King Institute of Preventive Medicine Bacteriolog. Section reports 1907-08
Year: 1907
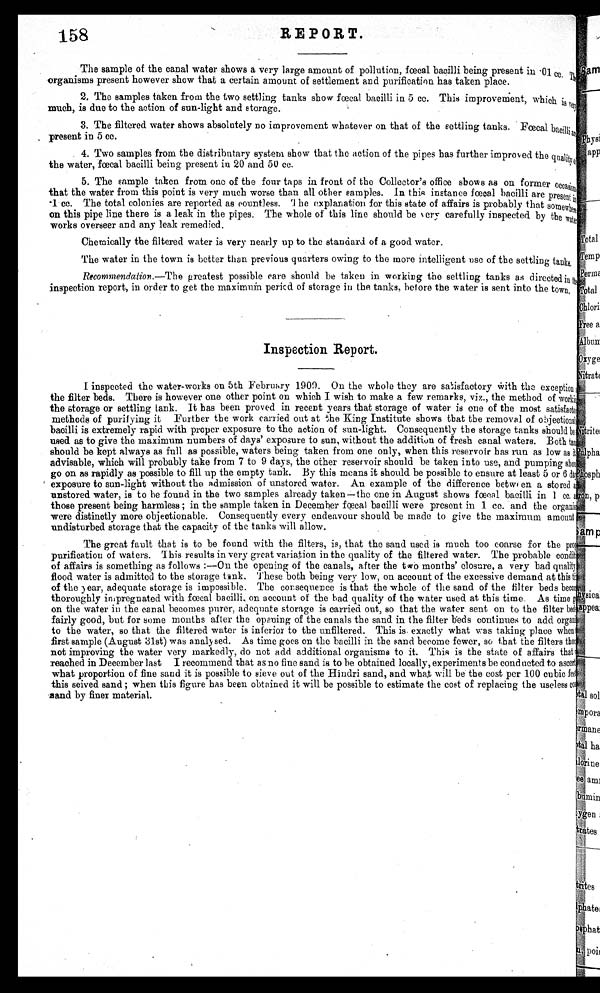
158
REPORT.
The sample of the canal water shows a very large amount of pollution, fœcal bacilli being present in • 01 cc. The,
organisms present however show that a certain amount of settlement and purification has taken place.
2. The samples taken from the two settling tanks show fœcal bacilli in 5 cc. This improvement, which '
much, is due to the action of sun-light and storage.
3. The filtered water shows absolutely no improvement whatever on that of the settling tanks. Fœcal bacilli a
present in 5 cc.
4. Two samples from the distributary system show that the action of the pipes has further improved the quality
the water, final bacilli being present in 20 and 50 cc.
5. The sample taken from one of the four taps in front of the Collector's office shows as on former occasion,
that the water from this point is very much worse than all other samples. In this instance fœcal bacilli are present
in cc. The total colonies are reported as countless. The explanation for this state of affairs is probably that somewhere
on this pipe line there is a leak in the pipes . The whole of this line should be very carefully inspected by the water
works overseer and any leak remedied.
Chemically the filtered water is very nearly up to the standard of a good water.
The water in the town is better than previous quarters owing to the more intelligent use of the settling tanks
Recommendation.—The
greatest possible care should be taken in working the settling tanks as directed in the
inspection report, in order to get the maximum period of storage in the tanks, before the water is sent into the town.
Inspection Report.
I inspected the water-works on 5th February 1909. On the whole they are satisfactory with the exception
the filter beds. There is however one other point on which I wish to make a few remarks, viz., the method of workit
the storage or settling tank. It has been proved in recent years that storage of water is one of the most satisfact
methods of purifying it Furtber the work carried out at the King Institute shows that the removal of objectional
bacilli is extremely rapid with proper exposure to the action of sun-light. Consequently the storage tanks should be
used as to give the maximum numbers of days' exposure to sun, without the addition of fresh canal waters. Both tan
should be kept always as full as possible, waters being taken from one only, when this reservoir has run as low as it
advisable, which will probably take from 7 to 9 days, the other reservoir should be taken into use, and pumping shou
go on as rapidly as possible to fill up the empty tank. By this means it should be possible to ensure at least 5 or 6 date
exposure to sun-light without the admission of unstored water. An example of the difference betw en a stored a
unstored water, is to be found in the two samples already taken—the one in August shows fœcal bacilli in 1 cc. a
those present being harmless ; in the sample taken in December fœcal bacilli were present in 1 cc. and the organis,
were distinctly more objectionable. Consequently every endeavour should be made to give the maximum amount
undisturbed storage that the capacity of the tanks will allow.
The great fault that is to be found with the filters, is, that the sand used is much too coarse for the prof
purification of waters. This results in very great variation in the quality of the filtered water. The probable conditi
of affairs is something as follows :--On the opening pening of the canals, after the two months' closure, a very bad quality
flood water is admitted to the storage tank. These both being very low, on account of the excessive demand at this
of the year, adequate storage is impossible. The consequence is that the whole of the sand of the filter beds become
thoroughly impregnated with fœcal bacilli, on account of the had quality of the water used at this time. As time g
on the water in the canal becomes purer, adequate storage is carried out, so that the water sent on to the filter bed:
fairly good, but for some months after the opening of the canals the sand in the filter beds continues to add organis
to the water, so that the filtered water is inferior to the unfiltered. This is. exactly what was taking place when
first sample (August 31st) was analysed. As time goes on the bacilli in the sand become fewer, so that the filters thou
not improving the water very markedly, do not add additional organisms to it. This is the state of affairs that
reached in December last I recommend that as no fine sand is to be obtained locally, experiments be conducted to ascert
what proportion of fine sand it is possible to sieve out of the Hindri sand, and what will be the cost per 100 cubic feet
this seived sand ; when this figure has been obtained it will be possible to estimate the cost of replacing the useless c
s a n d b y f i n e r m a t e r i a l .